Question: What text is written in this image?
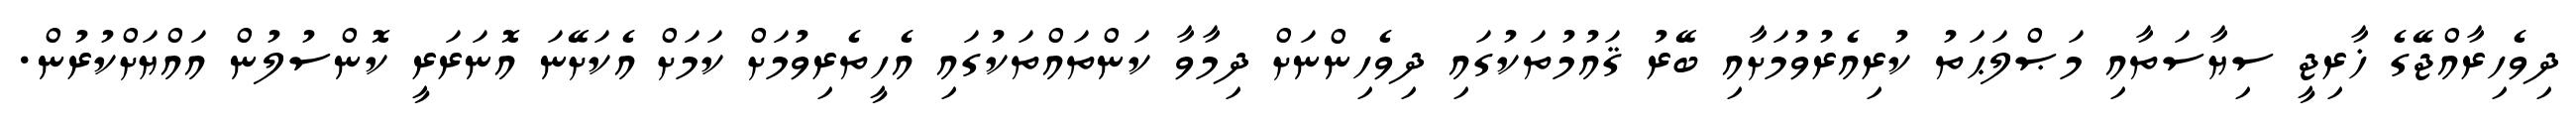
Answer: ދިވެހިރާއްޖޭގެ ޚާރިޖީ ސިޔާސަތާއި މަޞްލަޙަތު ކުރިއެރުވުމަށާއި ބޭރު ޤައުމުތަކުގައި ދިވެހިންނަށް ދިމާވާ ކަންތައްތަކުގައި އެހީތެރިވުމަށް ކަމަށް އެކަށޭނަ އޮނަރަރީ ކޮންސުލުން އައްޔަށްކުރުން.